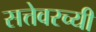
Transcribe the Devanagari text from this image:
सत्तेवरच्यी